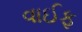
વાઈફ